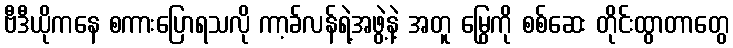
ဗီဒီယိုကနေ စကားပြောရသလို ကာ့ခ်လန်ရဲ့အဖွဲ့နဲ့ အတူ မြွေကို စစ်ဆေး တိုင်းထွာတာတွေ